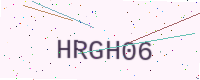
Text: HRGH06